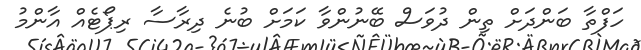
ހަފްތާ ބަންދަށް ތިން ދުވަސް ބޭނުންވާ ކަމަށް ބުނެ ދިރާސާ ރިޕޯޓެއް އާންމު